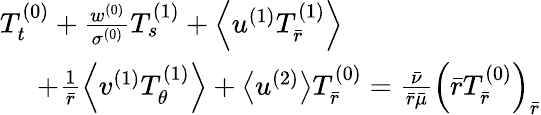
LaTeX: \begin{array}{r}{T_{t}^{(0)}+\frac{w^{(0)}}{\sigma^{(0)}}T_{s}^{(1)}+\left<u^{(1)}T_{\bar{r}}^{(1)}\right>\quad\quad\quad\quad\quad\quad\quad}\\ {+\frac{1}{\bar{r}}\left<v^{(1)}T_{\theta}^{(1)}\right>+\left<u^{(2)}\right>T_{\bar{r}}^{(0)}=\frac{\bar{\nu}}{\bar{r}\bar{\mu}}\left(\bar{r}T_{\bar{r}}^{(0)}\right)_{\bar{r}}}\end{array}